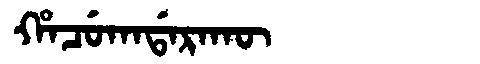
Manchu: ᡥᠠᠴᡠᡴᠠᡩᠠᡵᠠᡴᡡ
Romanization: HACUKADARAKŪ